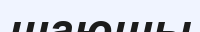
шаюшы